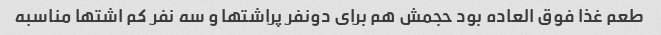
طعم غذا فوق العاده بود حجمش هم برای دونفر پراشتها و سه نفر کم اشتها مناسبه